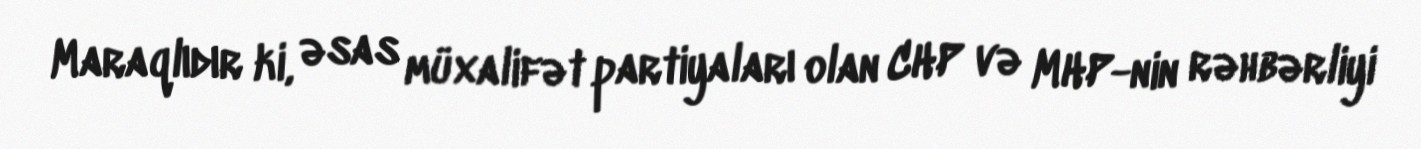
Maraqlıdır ki, əsas müxalifət partiyaları olan CHP və MHP-nin rəhbərliyi